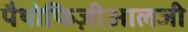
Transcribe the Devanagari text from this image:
पैथोफिज़ीआलजी